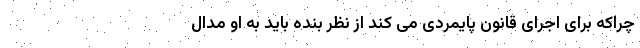
چراکه برای اجرای قانون پایمردی می کند از نظر بنده باید به او مدال